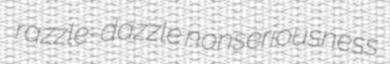
razzle-dazzle nonseriousness